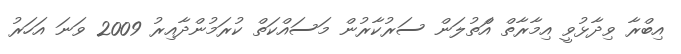
އިބްރާ ވިދާޅުވީ އިމާރާތް އްަތުލަން ސަރުކާރުން މަސައްކަތް ކުރަމުންދާއިރު 2009 ވަނަ އަހަރު